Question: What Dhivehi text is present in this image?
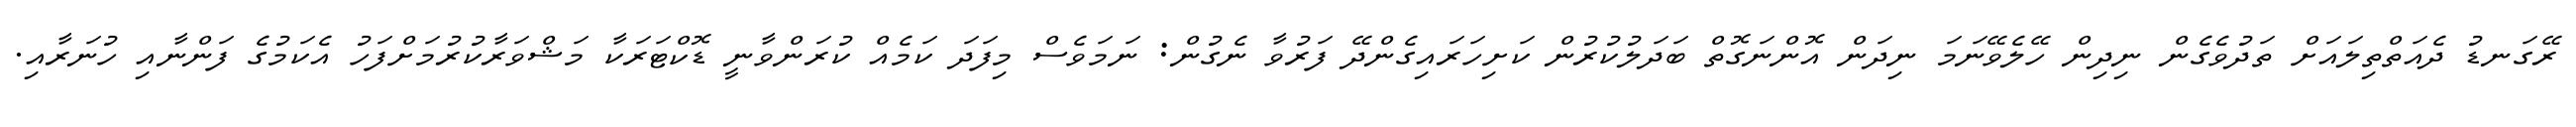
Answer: ރޭގަނޑު ދެއަތްތިލައަށް ތަދުވެގެން ނިދިން ހޭލެވޭނަމަ ނިދަން އޮންނަގޮތް ބަދަލުކުރުން ކަށިހަރައިގެންދޭ ފަރުވާ ނެގުން: ނަމަވެސް މިފަދަ ކަމެއް ކުރަންވާނީ ޑޮކްޓަރަކާ މަޝްވަރާކުރުމަށްފަހު އެކަމުގެ ފަންނާއި ހުނަރާއި.